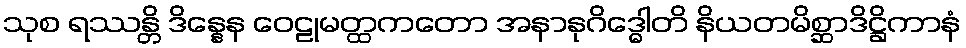
သုစ ရဿန္တိ ဒိန္နေန ဝေဠုမတ္ထကတော အနာနုဂိဒ္ဓေါတိ နိယတမိစ္ဆာဒိဋ္ဌိကာနံ